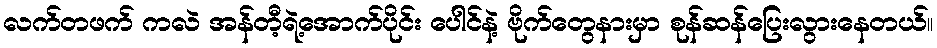
လက်တဖက် ကလဲ အန်တီ့ရဲ့အောက်ပိုင်း ပေါင်နဲ့ ဗိုက်တွေနားမှာ စုန်ဆန်ပြေးလွားနေတယ်။